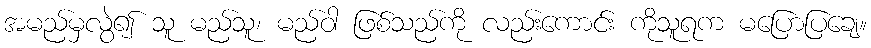
အမည်မှလွဲ၍ သူ မည်သူ၊ မည်ဝါ ဖြစ်သည်ကို လည်းကောင်း ကိုသူရက မပြောပြချေ။